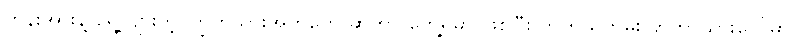
တွန်းအားနဲ့ ရွေ့လျားတဲ့ ကြွက်သားအတုတွေ ဆိုတာ တွေ့ရမှာ ဖြစ်ပြီး တကယ်တမ်း ရာဘာသားပေါ်မှာ